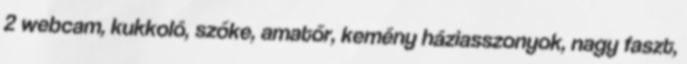
2 webcam, kukkoló, szőke, amatőr, kemény háziasszonyok, nagy faszt,